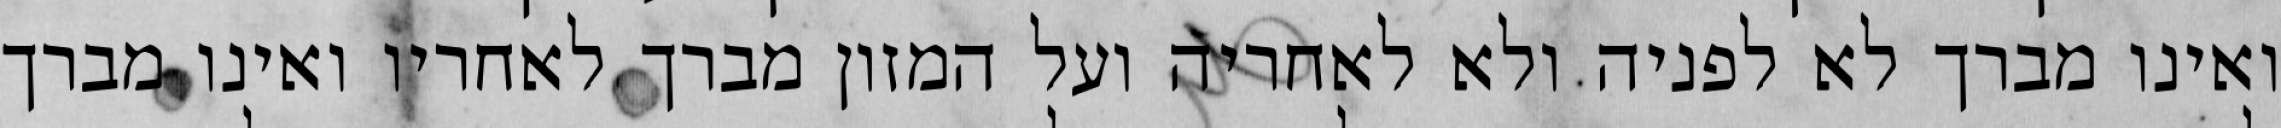
ואינו מברך לא לפניה ולא לאחריה ועל המזון מברך לאחריו ואינו מברך